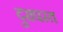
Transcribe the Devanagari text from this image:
दुरापस्त